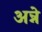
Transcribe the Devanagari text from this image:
अन्ने